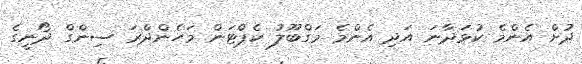
ދުށް އެންމެ ކުޅަދާނަ އަދި އެންމެ މަގްބޫލު ކެޕްޓަން މަހެންދްރަ ސިންގް ދޯނީގެ